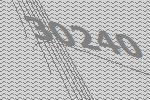
30240